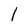
Character: 1